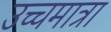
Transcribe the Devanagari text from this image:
उच्चमात्रा